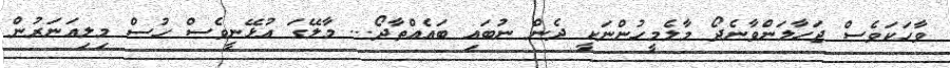
ވާހަކަވެސް ޖަހާލަންވާނެދޯ މާލެމީހުންނަކީ ދެން ނުބައި ބައެއްތާދޯ... މާލޭގަ އުޅޭނީވެސް ހުސް މިލިއަނަރުން